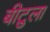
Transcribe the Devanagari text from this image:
बीटुला